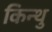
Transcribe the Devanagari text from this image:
किन्थु